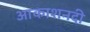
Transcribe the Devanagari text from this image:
आकाशनदी